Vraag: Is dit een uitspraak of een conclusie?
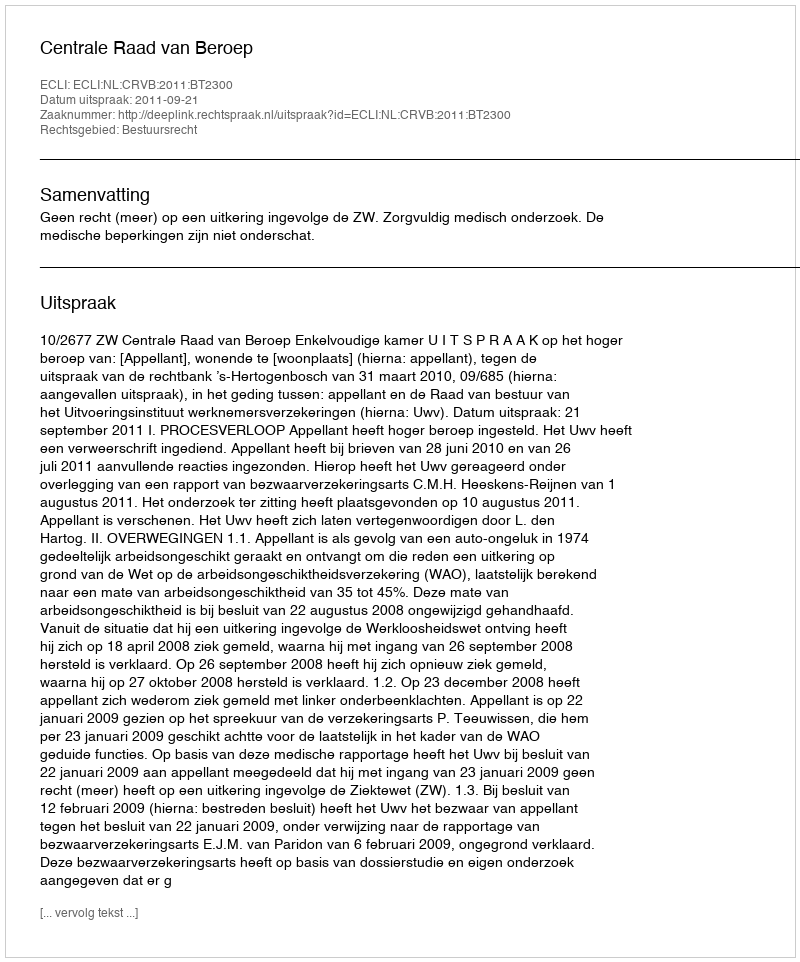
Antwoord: Uitspraak